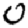
Digit: 0